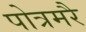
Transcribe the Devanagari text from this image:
पोत्रमरै